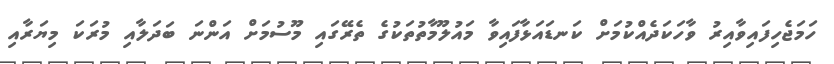
ހަމަޖެހިފައިވާއިރު ވާހަކަދެއްކުމަށް ކަނޑައަޅާފައިވާ މައުލޫމާތުތަކުގެ ތެރޭގައި މޫސުމަށް އަންނަ ބަދަލާއި މުރަކަ މިޔަރާއި